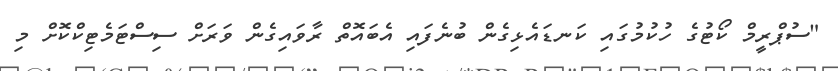
"ސުޕްރީމް ކޯޓުގެ ހުކުމުގައި ކަނޑައެޅިގެން ބުނެފައި އެބައޮތް ރާވައިގެން ވަރަށް ސިސްޓަމެޓިކްކޮށް މި